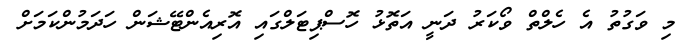
މި ވަގުތު އެ ހެލްތް ވޯކަރު ދަނީ އަތޮޅު ހޮސްޕިޓަލްގައި އޮރިއެންޓޭޝަން ހަދަމުންކަމަށް